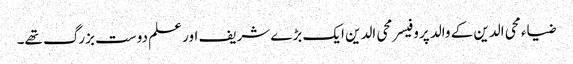
ضیاء محی الدین کے والد پروفیسر محی الدین ایک بڑے شریف اور علم دوست بزرگ تھے۔